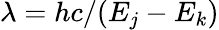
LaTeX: \lambda=hc/(E_{j}-E_{k})